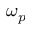
\omega _ { p }